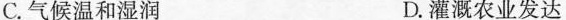
C.气候温和湿润 D.灌溉农业发达